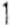
1